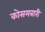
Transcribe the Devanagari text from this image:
कोसमबारी